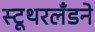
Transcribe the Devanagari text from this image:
स्टूथरलँडने